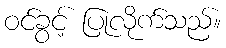
ဝင်ခွင့် ပြုလိုက်သည်။